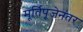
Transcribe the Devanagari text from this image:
मू्र्तिपूजेनंतर